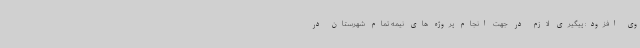
وی افزود: پیگیری لازم در جهت انجام پروژه های نیمه تمام شهرستان در